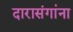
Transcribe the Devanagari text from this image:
दारासंगांना